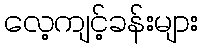
လေ့ကျင့်ခန်းများ